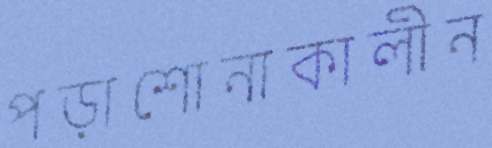
পড়াশোনাকালীন